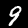
Label: 9